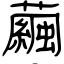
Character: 繭